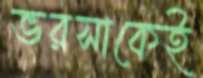
ভরসাকেই